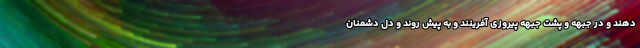
دهند و در جبهه و پشت جبهه پیروزی آفرینند و به پیش روند و دل دشمنان